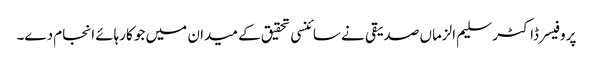
پروفیسر ڈاکٹر سلیم الزماں صدیقی نے سائنسی تحقیق کے میدان میں جو کارہائے انجام دے۔